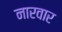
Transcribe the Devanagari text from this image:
नारवार